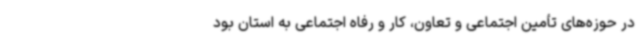
در حوزه‌های تأمین اجتماعی و تعاون، کار و رفاه اجتماعی به استان بود